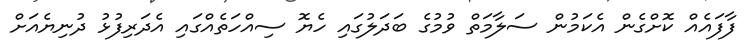
ފާފައެއް ކޮށްގެން އެކަމުން ސަލާމަތް ވުމުގެ ބަދަލުގައި ހެޔޮ ސިއްހަތެއްގައި އެދަރިފުޅު ދުނިޔެއަށް